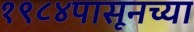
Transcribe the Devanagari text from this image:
१९८४पासूनच्या